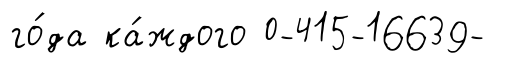
го́да ка́ждого 0-415-16639-